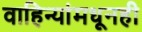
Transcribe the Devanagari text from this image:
वाहिन्यांमधूनही